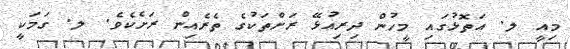
މިއީ ލ. އަތޮޅުގައި މީހުން ދިރިއުޅޭ ރަށްތަކުގެ ތެރެއިން ރަށެކެވެ. ލ. ގަމަކީ